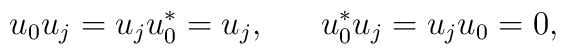
u_{0} u_{j} = u_{j} u_{0}^{*} = u_{j},~~~~~                      u_{0}^{*} u_{j} = u_{j} u_{0} = 0 ,